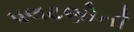
પલટણોની